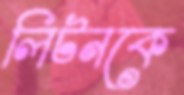
লিটনকে